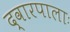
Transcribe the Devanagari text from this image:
द्वारपालाः